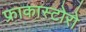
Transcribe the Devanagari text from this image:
फ्राकास्टोरो